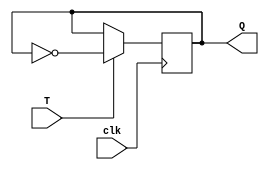
module T_flip_flop (
  input clk, // Clock input
  input T,   // T input for toggling
  output reg Q // Q output
);

always @(posedge clk) begin
  if(T) // If T is high
    Q <= ~Q; // Toggle Q output
end

endmodule